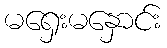
မရှေးမနှောင်း